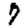
Digit: 7